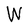
Character: W